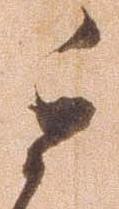
委